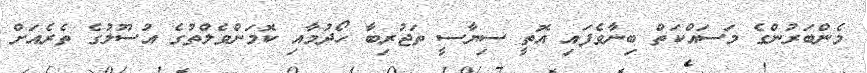
މެންބަރުންގެ މަސައްކަތް ބިނާވެފައި އޮތީ ސިޔާސީ ތަޖުރިބާ ހޯދުމާއި ކޮމަންވެލްތުގެ އުސޫލުގެ ތެރެއަށް